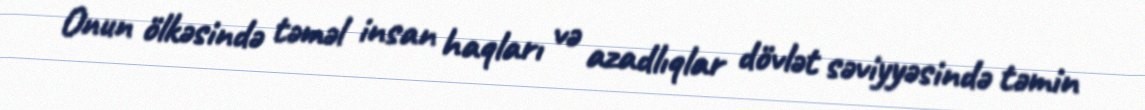
Onun ölkəsində təməl insan haqları və azadlıqlar dövlət səviyyəsində təmin